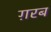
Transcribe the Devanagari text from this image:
ग़रब